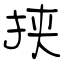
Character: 挟